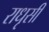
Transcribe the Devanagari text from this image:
राधृसी